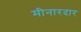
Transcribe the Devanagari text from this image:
मीनारदार